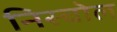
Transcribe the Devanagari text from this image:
निस्चोल